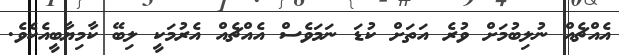
އެއްޗެއް ނުލިބުމަށް ވުރެ އަތަށް ކުޑަ ނަމަވެސް އެއްޗެއް އެރުމަކީ ލިބޭ ކާމިޔާބީއެކެވެ.